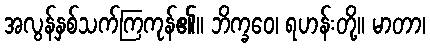
အလွန်နှစ်သက်ကြကုန်၏။ ဘိက္ခဝေ၊ ရဟန်းတို့။ မာတာ၊